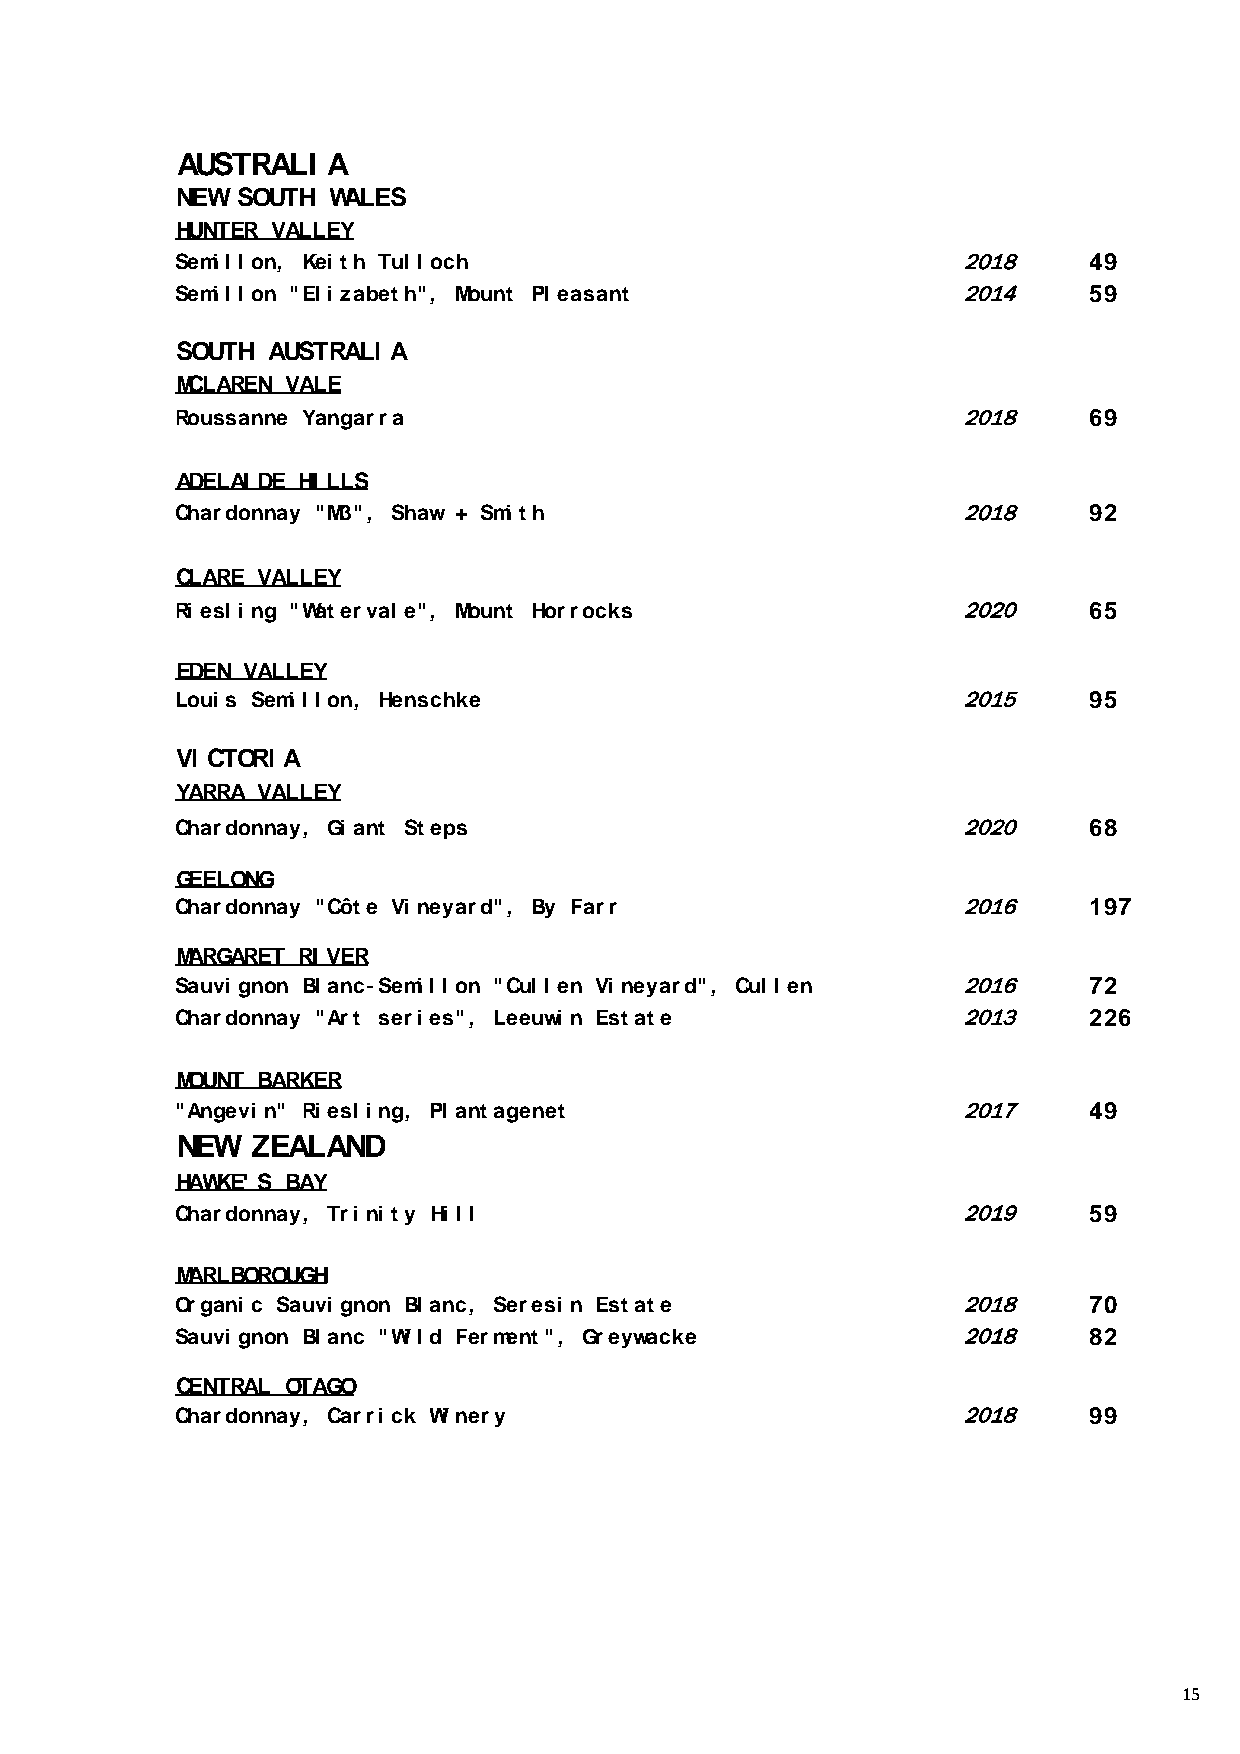
AUSTRALI  A
 NEW SOUTH WALES
 HUNTER VALLEY
 Semi l l on, Kei th Tul l och                       2018     49
 Semi l l on "El i zabeth", Mount Pl easant          2014     59
 SOUTH AUSTRALI A
 MCLAREN VALE
 Roussanne Yangarra                                  2018     69
 ADELAI DE HI LLS
 Chardonnay "M3", Shaw + Smi th                      2018     92
 CLARE VALLEY
 Ri esl i ng "Waterval e", Mount Horrocks            2020     65
 EDEN VALLEY
 Loui s Semi l l on, Henschke                        2015     95
 VI CTORI A
 YARRA VALLEY
 Chardonnay, Gi ant Steps                            2020     68
 GEELONG
 Chardonnay "Côte Vi neyard", By Farr                2016     197
 MARGARET RI VER
 Sauvi gnon Bl anc-Semi l l on "Cul l en Vi neyard", Cul l en 2016 72
 Chardonnay "Art seri es", Leeuwi n Estate           2013     226
 MOUNT BARKER
 "Angevi n" Ri esl i ng, Pl antagenet                2017     49
 NEW  ZEALAND
 HAWKE' S BAY
 Chardonnay, Tri ni ty Hi l l                        2019     59
 MARLBOROUGH
 Organi c Sauvi gnon Bl anc, Seresi n Estate         2018     70
 Sauvi gnon Bl anc "Wi l d Ferment", Greywacke       2018     82
 CENTRAL OTAGO
 Chardonnay, Carri ck Wi nery                        2018     99
 15